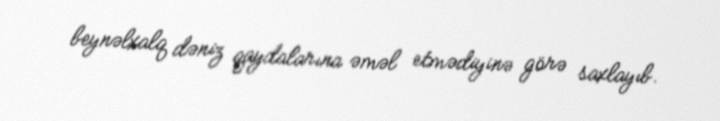
beynəlxalq dəniz qaydalarına əməl etmədiyinə görə saxlayıb.